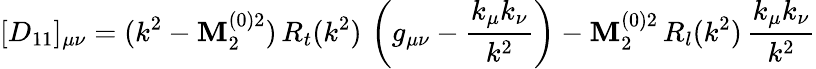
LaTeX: [D_{11}]_{\mu\nu}=(k^{2}-\mathbf{M}_{2}^{(0)2})\, R_{t}(k^{2})\, \left(g_{\mu\nu}-\frac{{k_{\mu}k_{\nu}}}{{k^{2}}}\right)-\mathbf{M}_{2}^{(0)2}\, R_{l}(k^{2})\, \frac{{k_{\mu}k_{\nu}}}{{k^{2}}}